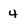
Character: 4